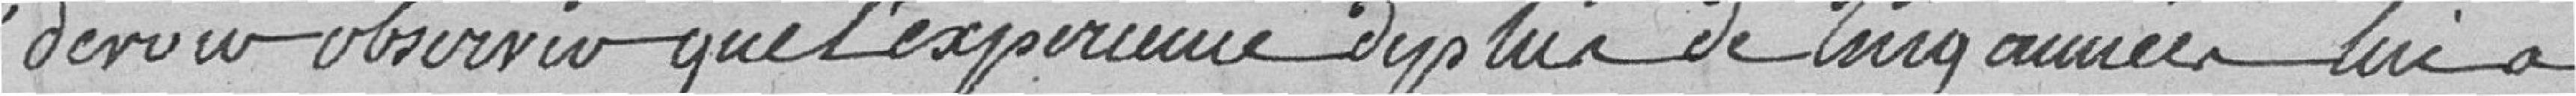
devoir observer que l'expérience des plus de Cinq années lui a